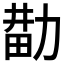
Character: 𰅑